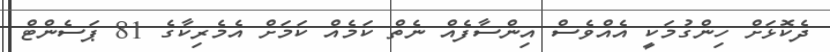
ދެކޮޅަށް ހިންގުމަކީ އެއްވެސް އިންސާފެއް ނެތް ކަމެއް ކަމަށް އެމެރިކާގެ 81 ޕަސެންޓް